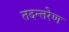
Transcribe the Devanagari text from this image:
तदन्तरेण